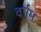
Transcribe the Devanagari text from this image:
वर्षम